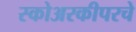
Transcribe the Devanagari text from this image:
स्कोअरकीपरचे